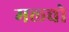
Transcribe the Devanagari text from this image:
मल्चो